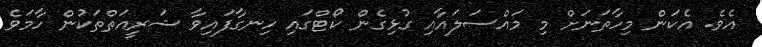
އެވެ. އެކަން މިހާތަނަށް މި މައްސަލައާއި ގުޅިގެން ކޯޓްގައި ހިނގާފައިވާ ޝަރީއަތްތަކުން ހާމަވެ